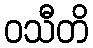
ဝသီတိ